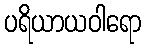
ပရိယာယဝါရော